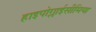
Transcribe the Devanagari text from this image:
हाइपोग्लाईसीमिया